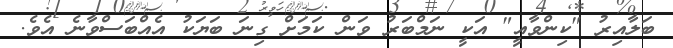
ބަލާއިރު "ކިންވާއީ" އަކީ ނަމްބަރު ވަން ކަމަށް ގިނަ ބަޔަކު އެއްބަސްވާނެ އެވެ.